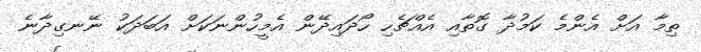
ތިމާ އަށް އެންމެ ކަމުދާ ގޮތާއި އެއްޗެހި ހޯދައިދޭން އެމީހުންނަކަށް އަބަދަކު ނޭނގިދާނެ